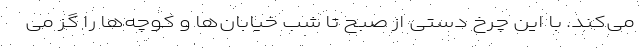
می‌کند. با این چرخ دستی از صبح تا شب خیابان‌ها و کوچه‌ها را گز می